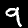
Digit: 9